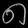
Digit: ၈